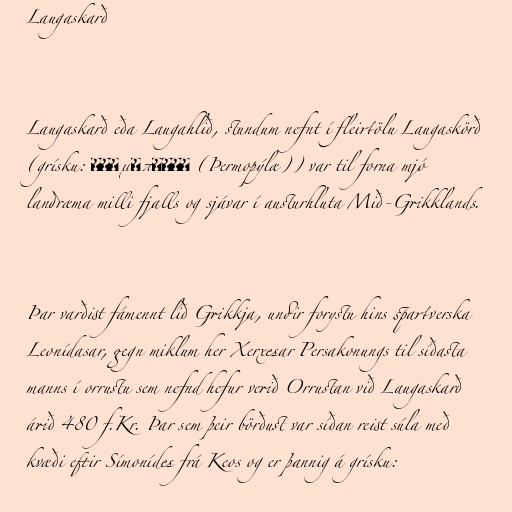
Laugaskarð

Laugaskarð eða Laugahlið, stundum nefnt í fleirtölu Laugaskörð
(grísku: Θερμοπυλαι (Þermopýlæ)) var til forna mjó
landræma milli fjalls og sjávar í austurhluta Mið-Grikklands.

Þar varðist fámennt lið Grikkja, undir forystu hins spartverska
Leonídasar, gegn miklum her Xerxesar Persakonungs til síðasta
manns í orrustu sem nefnd hefur verið Orrustan við Laugaskarð
árið 480 f.Kr. Þar sem þeir börðust var síðan reist súla með
kvæði eftir Símonídes frá Keos og er þannig á grísku: